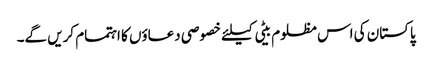
پاکستان کی اس مظلوم بیٹی کیلئے خصوصی دعاؤں کا اہتمام کریں گے۔